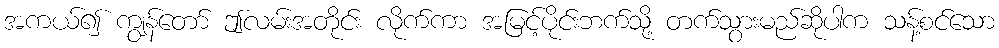
အကယ်၍ ကျွန်တော် ဤလမ်းအတိုင်း လိုက်ကာ အမြင့်ပိုင်းဘက်သို့ တက်သွားမည်ဆိုပါက သန့်စင်သော